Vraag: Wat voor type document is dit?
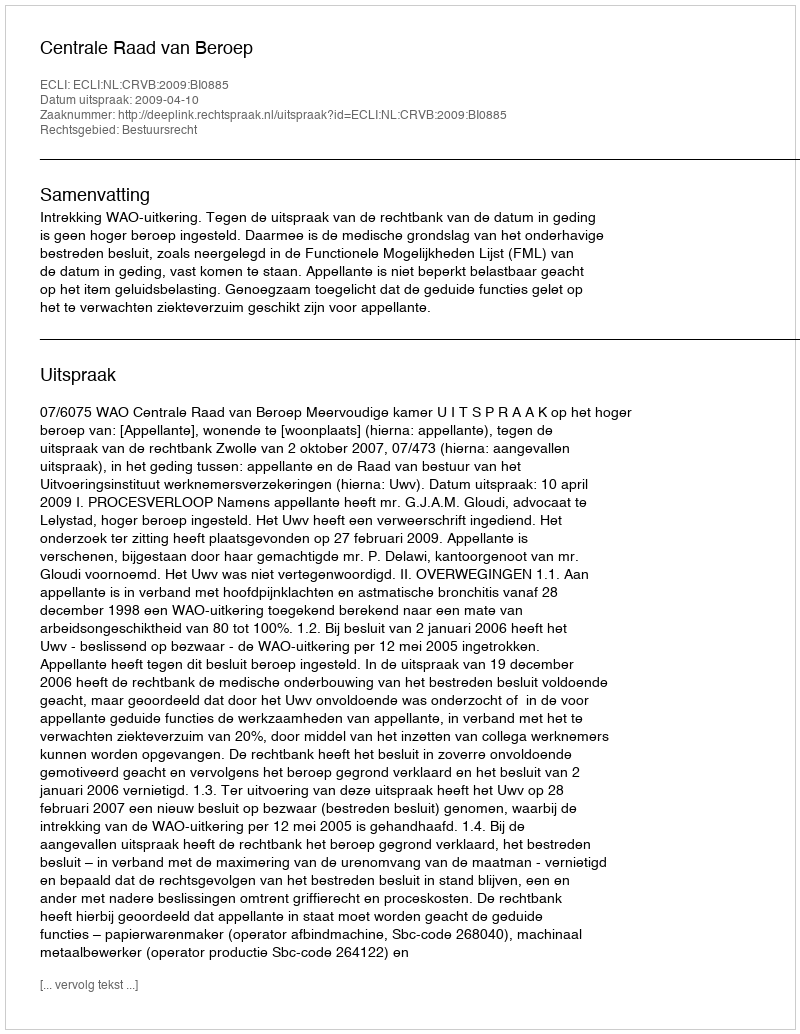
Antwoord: Uitspraak